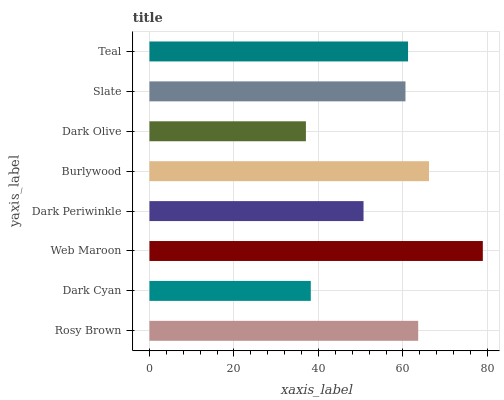
| yaxis_label | bars |
 | --- | --- |
 | Rosy Brown | 63.6 |
 | Dark Cyan | 38.2 |
 | Web Maroon | 78.9 |
 | Dark Periwinkle | 50.7 |
 | Burlywood | 66.2 |
 | Dark Olive | 37 |
 | Slate | 60.6 |
 | Teal | 61.2 |